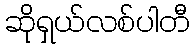
ဆိုရှယ်လစ်ပါတီ